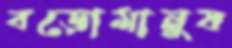
বড়োমানুষ